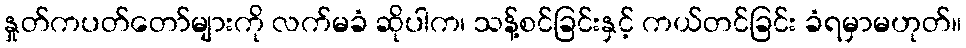
နှုတ်ကပတ်တော်များကို လက်မခံ ဆိုပါက၊ သန့်စင်ခြင်းနှင့် ကယ်တင်ခြင်း ခံရမှာမဟုတ်။